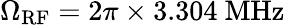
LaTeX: \Omega_{\mathrm{RF}}=2\pi\times 3.304~\mathrm{MHz}